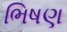
ભિષણ